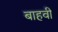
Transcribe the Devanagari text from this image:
बाहवीं